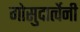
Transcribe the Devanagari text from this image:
गोसुदार्त्वेनी